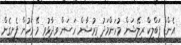
އެންޑް ޕަބްލިކް ރިލޭޝަން މުހަންމަދު މިރުޝާން ހަސަން ވިދާޅުވީ މޭ މަހުން ފެށިގެން